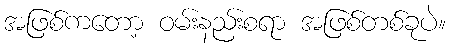
အဖြစ်ကတော့ ဝမ်းနည်းစရာ အဖြစ်တစ်ခုပဲ။